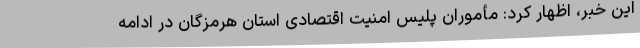
این خبر، اظهار کرد: مأموران پلیس امنیت اقتصادی استان هرمزگان در ادامه